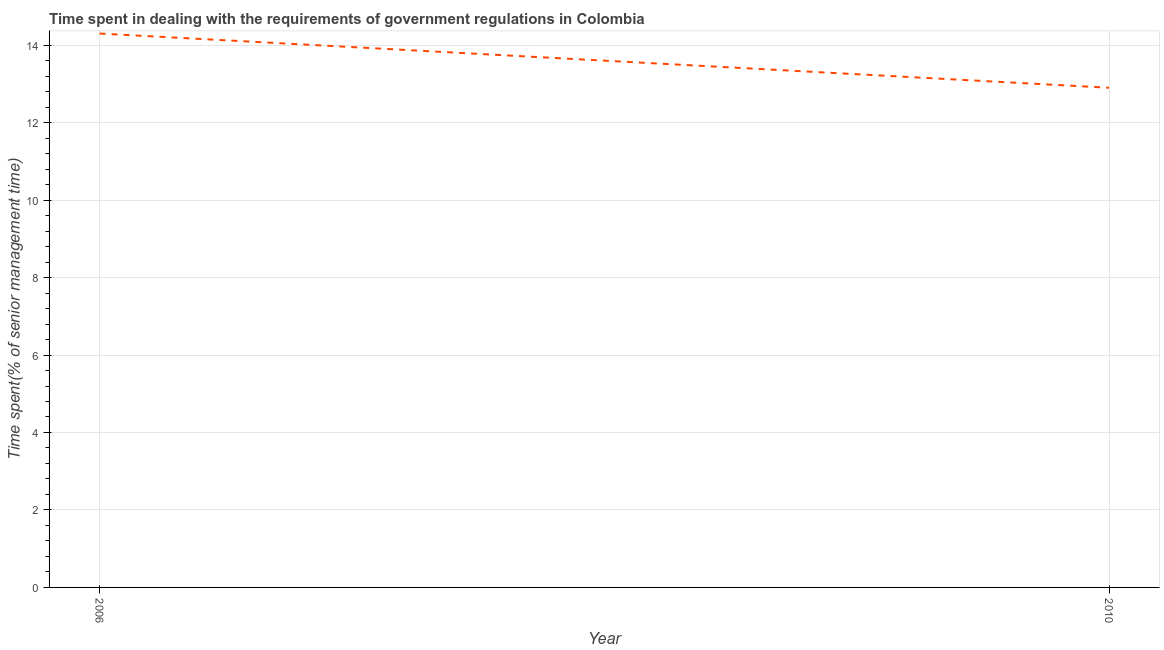
| Year | Government regulations |
 | --- | --- |
 | 2006 | 14.3 |
 | 2010 | 12.9 |